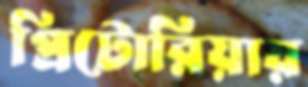
প্রিটোরিয়ায়